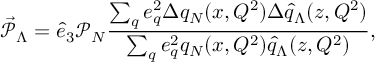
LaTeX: \vec { \mathcal { P } } _ { \Lambda } = \hat { e } _ { 3 } \mathcal { P } _ { N } \frac { \sum _ { q } e _ { q } ^ { 2 } \Delta q _ { N } ( x , Q ^ { 2 } ) \Delta \hat { q } _ { \Lambda } ( z , Q ^ { 2 } ) } { \sum _ { q } e _ { q } ^ { 2 } q _ { N } ( x , Q ^ { 2 } ) \hat { q } _ { \Lambda } ( z , Q ^ { 2 } ) } ,